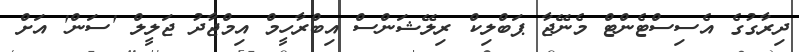
ދިރާގުގެ އެސިސްޓެންޓް މެނޭޖާ ޕަބްލިކް ރިލޭޝަންސް އިބްރާހީމް އިމްޖާދު ޖަލީލް 'ސަން' އަށް